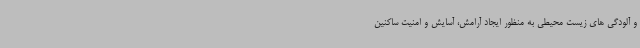
و آلودگی های زیست محیطی به منظور ایجاد آرامش، آسایش و امنیت ساکنین